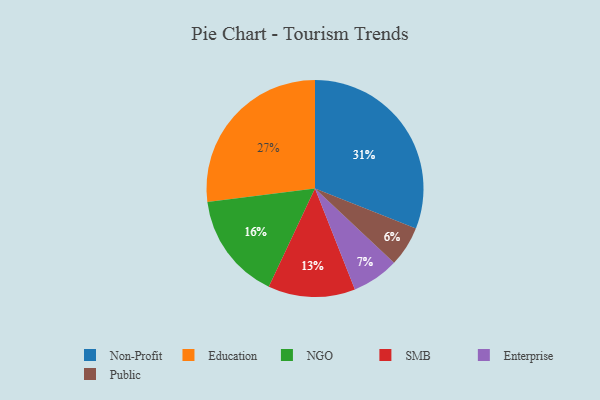
{"axis": {"x": "Category", "y": "Percentage"}, "legend": ["Education", "Enterprise", "NGO", "Non-Profit", "Public", "SMB"], "data": [{"x": "Non-Profit", "y": 31, "type": "Non-Profit"}, {"x": "Education", "y": 27, "type": "Education"}, {"x": "SMB", "y": 13, "type": "SMB"}, {"x": "NGO", "y": 16, "type": "NGO"}, {"x": "Enterprise", "y": 7, "type": "Enterprise"}, {"x": "Public", "y": 6, "type": "Public"}]}